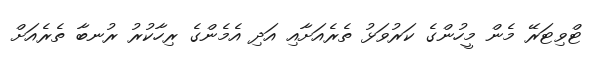
ޓްވިޓަރޭ މެން މީހުންގެ ކަރުވަޅު ތެރެއަށާއި އަދި އެމެންގެ ރިހާކުރު ރުނބާ ތެރެއަށް